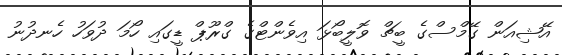
އޭޝިއަން ގޭމްސްގެ ބީޗް ވޮލީބޯޅަ އިވެންޓްގެ ގްރޫޕް ޑީގައި ހޯމަ ދުވަހު ހެނދުނު